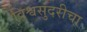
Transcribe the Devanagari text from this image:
विश्वसुंदरीचा